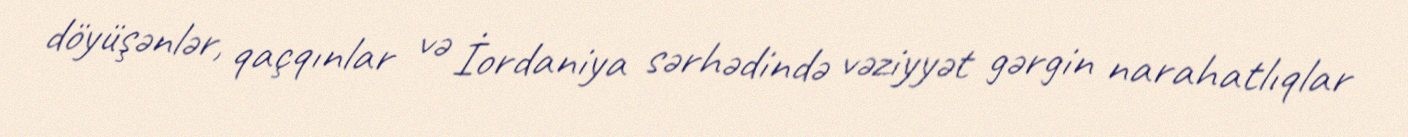
döyüşənlər, qaçqınlar və İordaniya sərhədində vəziyyət gərgin narahatlıqlar